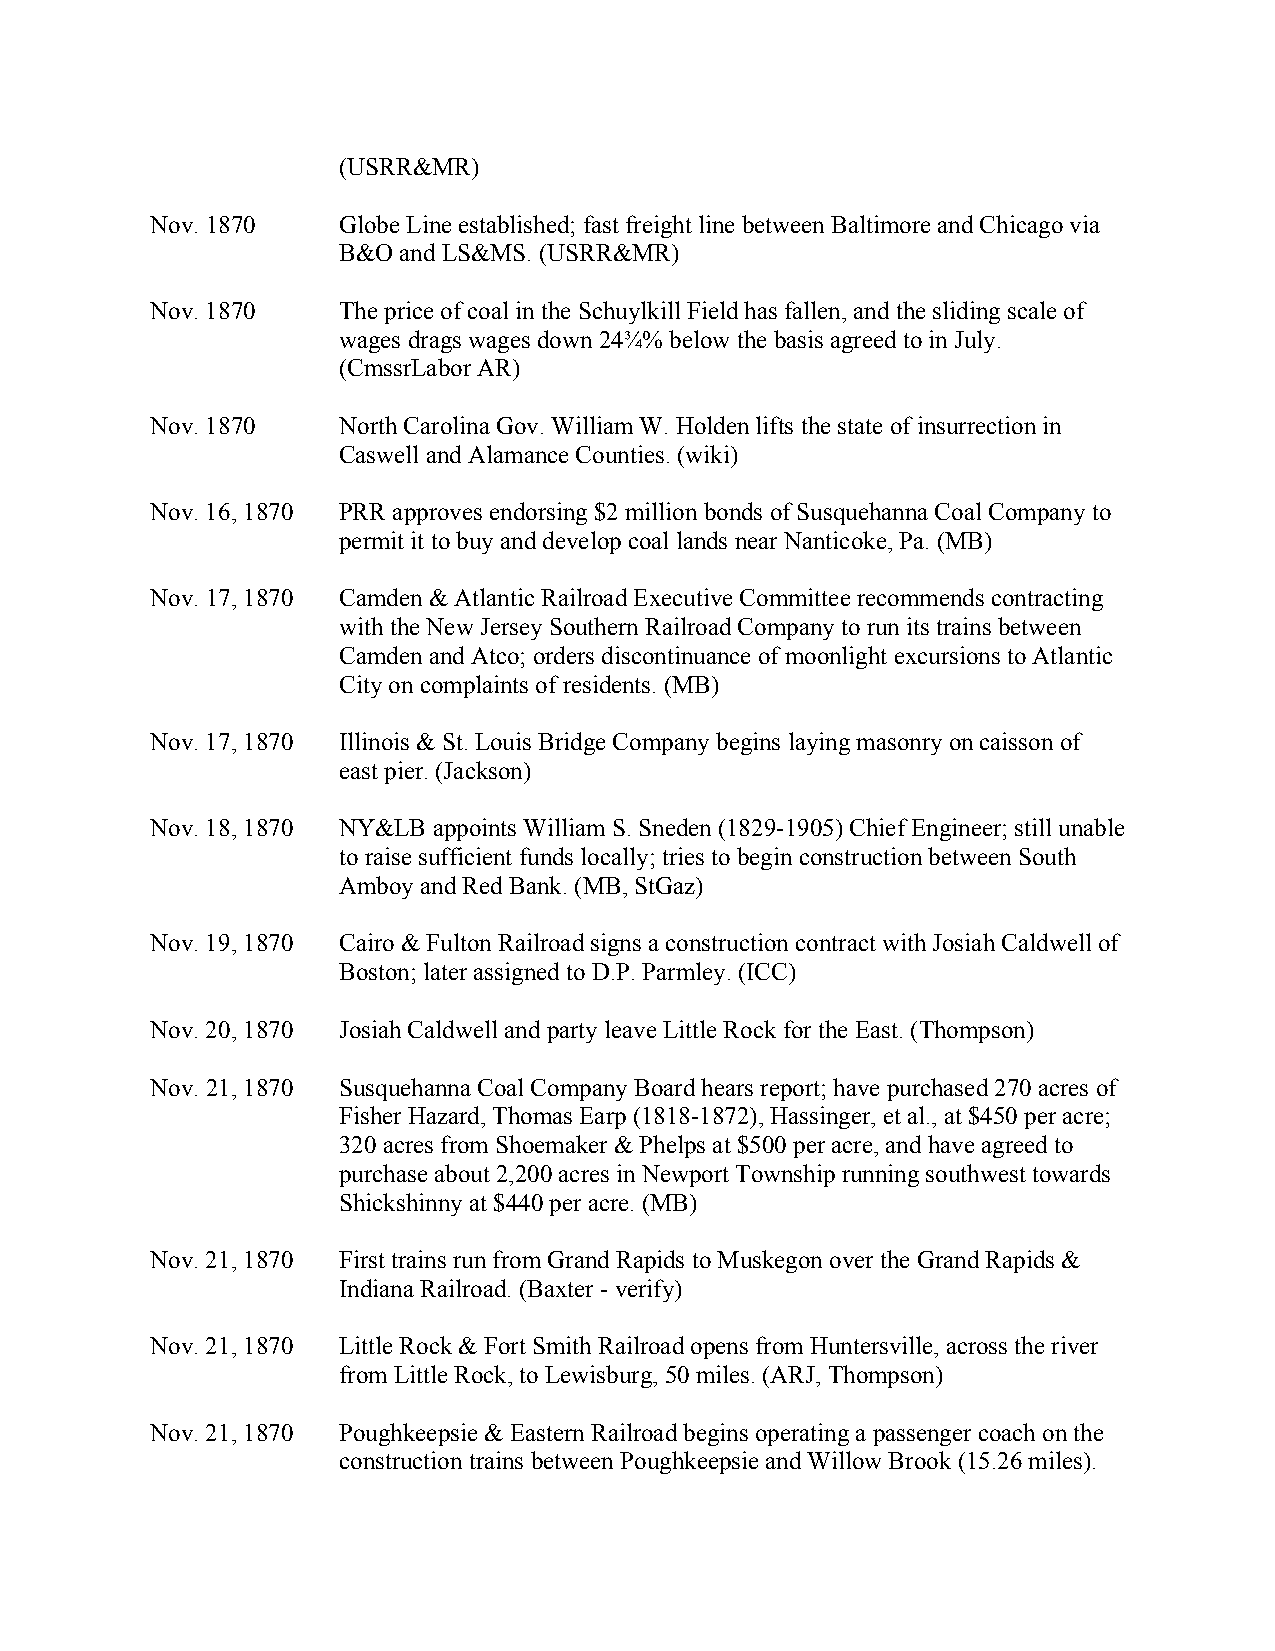
(USRR&MR)
 Nov. 1870   Globe Line established; fast freight line between Baltimore and Chicago via
 B&O and LS&MS. (USRR&MR)
 Nov. 1870   The price of coal in the Schuylkill Field has fallen, and the sliding scale of
 wages drags wages down 24¾% below the basis agreed to in July.
 (CmssrLabor AR)
 Nov. 1870   North Carolina Gov. William W. Holden lifts the state of insurrection in
 Caswell and Alamance Counties. (wiki)
 Nov. 16, 1870 PRR approves endorsing $2 million bonds of Susquehanna Coal Company to
 permit it to buy and develop coal lands near Nanticoke, Pa. (MB)
 Nov. 17, 1870 Camden & Atlantic Railroad Executive Committee recommends contracting
 with the New Jersey Southern Railroad Company to run its trains between
 Camden and Atco; orders discontinuance of moonlight excursions to Atlantic
 City on complaints of residents. (MB)
 Nov. 17, 1870 Illinois & St. Louis Bridge Company begins laying masonry on caisson of
 east pier. (Jackson)
 Nov. 18, 1870 NY&LB appoints William S. Sneden (1829-1905) Chief Engineer; still unable
 to raise sufficient funds locally; tries to begin construction between South
 Amboy and Red Bank. (MB, StGaz)
 Nov. 19, 1870 Cairo & Fulton Railroad signs a construction contract with Josiah Caldwell of
 Boston; later assigned to D.P. Parmley. (ICC)
 Nov. 20, 1870 Josiah Caldwell and party leave Little Rock for the East. (Thompson)
 Nov. 21, 1870 Susquehanna Coal Company Board hears report; have purchased 270 acres of
 Fisher Hazard, Thomas Earp (1818-1872), Hassinger, et al., at $450 per acre;
 320 acres from Shoemaker & Phelps at $500 per acre, and have agreed to
 purchase about 2,200 acres in Newport Township running southwest towards
 Shickshinny at $440 per acre. (MB)
 Nov. 21, 1870 First trains run from Grand Rapids to Muskegon over the Grand Rapids &
 Indiana Railroad. (Baxter - verify)
 Nov. 21, 1870 Little Rock & Fort Smith Railroad opens from Huntersville, across the river
 from Little Rock, to Lewisburg, 50 miles. (ARJ, Thompson)
 Nov. 21, 1870 Poughkeepsie & Eastern Railroad begins operating a passenger coach on the
 construction trains between Poughkeepsie and Willow Brook (15.26 miles).